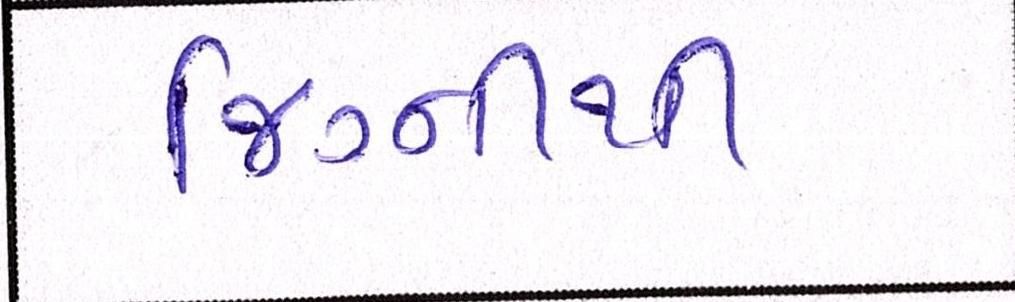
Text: જિગ્નીથી